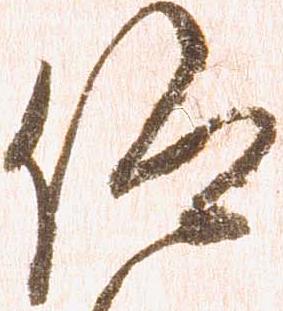
仰